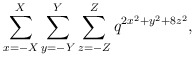
\begin{align*} \sum_{x=-X}^{X} \sum_{y=-Y}^{Y} \sum_{z=-Z}^{Z} q^{2x^{2} + y^{2} + 8z^{2}},\end{align*}